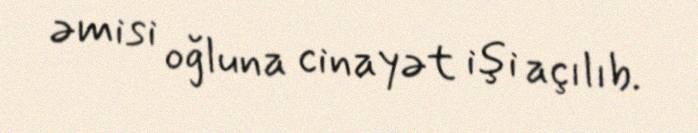
əmisi oğluna cinayət işi açılıb.